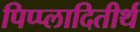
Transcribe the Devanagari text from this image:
पिप्प्लादितीर्थ